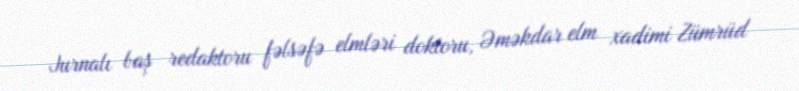
Jurnalı baş redaktoru fəlsəfə elmləri doktoru, Əməkdar elm xadimi Zümrüd